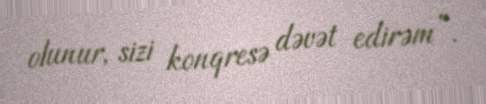
olunur, sizi konqresə dəvət edirəm”.